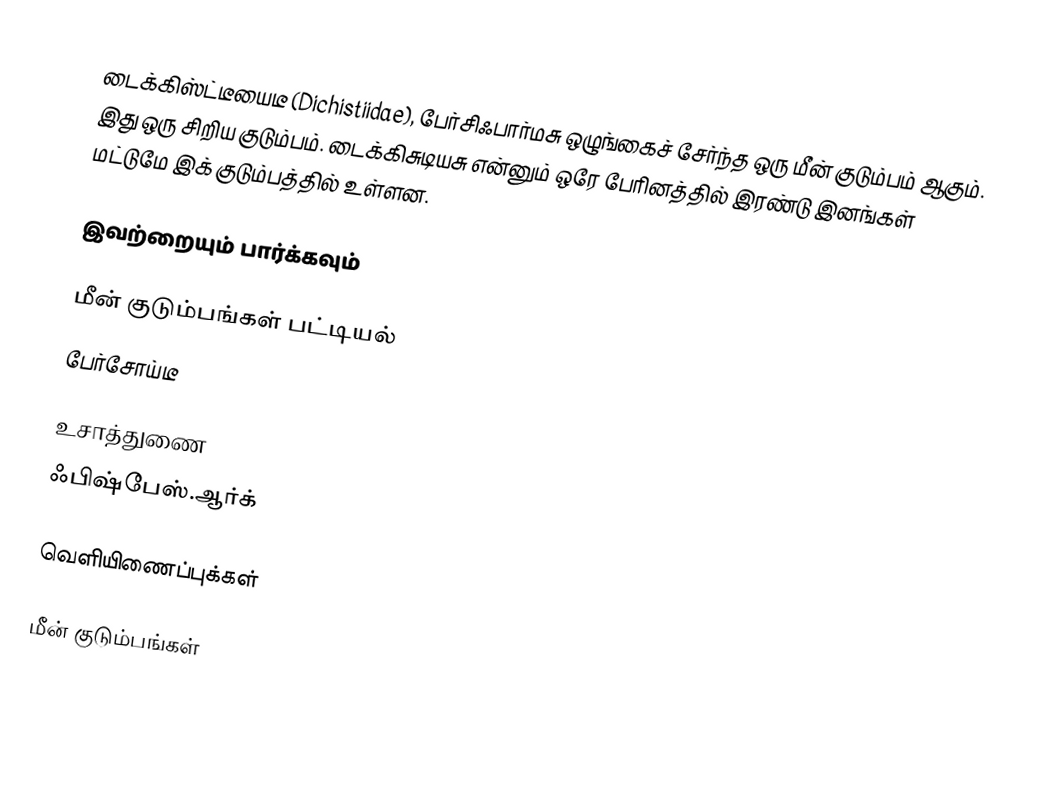
டைக்கிஸ்ட்டீயைடீ (Dichistiidae), பேர்சிஃபார்மசு ஒழுங்கைச் சேர்ந்த ஒரு மீன் குடும்பம் ஆகும். இது ஒரு சிறிய குடும்பம். டைக்கிசுடியசு என்னும் ஒரே பேரினத்தில் இரண்டு இனங்கள் மட்டுமே இக் குடும்பத்தில் உள்ளன.

இவற்றையும் பார்க்கவும்

 மீன் குடும்பங்கள் பட்டியல்
 பேர்சோய்டீ

உசாத்துணை
 ஃபிஷ்பேஸ்.ஆர்க்

வெளியிணைப்புக்கள்

மீன் குடும்பங்கள்